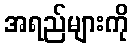
အရည်များကို